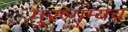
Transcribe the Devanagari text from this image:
गुरूगम्यच